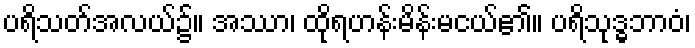
ပရိသတ်အလယ်၌။ အဿာ၊ ထိုရဟန်းမိန်းမငယ်၏။ ပရိသုဒ္ဓဘာဝံ၊